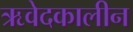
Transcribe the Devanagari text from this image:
ऋवेदकालीन